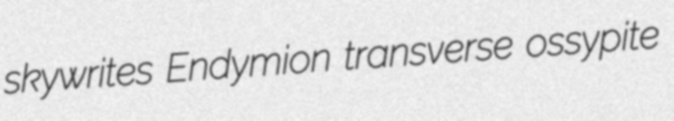
skywrites Endymion transverse ossypite